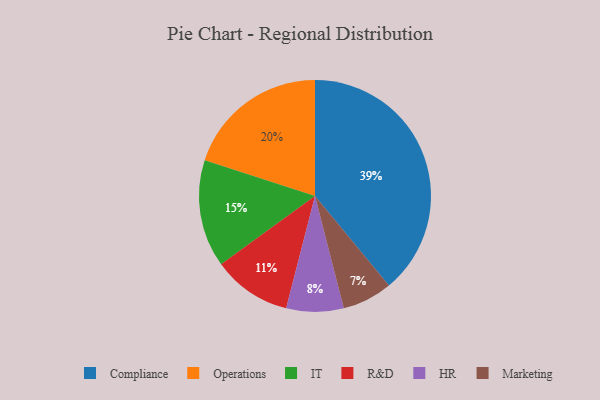
{"axis": {"x": "Category", "y": "Percentage"}, "legend": ["Compliance", "HR", "IT", "Marketing", "Operations", "R&D"], "data": [{"x": "HR", "y": 8, "type": "HR"}, {"x": "Operations", "y": 20, "type": "Operations"}, {"x": "Compliance", "y": 39, "type": "Compliance"}, {"x": "IT", "y": 15, "type": "IT"}, {"x": "Marketing", "y": 7, "type": "Marketing"}, {"x": "R&D", "y": 11, "type": "R&D"}]}